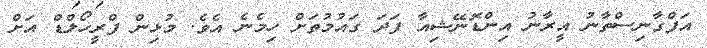
އަފްގާނިސްތާނު އީރާނު އިންޑޮނޭޝިއާ ފަދަ ގައުމުތަށް ހިމެނެ އެވެ. މުޅިން ފްރީހޯލްޑް އަށް